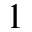
^ 1